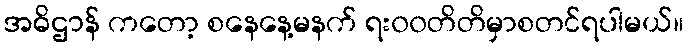
အဓိဌာန် ကတော့ စနေနေ့မနက် ရး၀၀တိတိမှာစတင်ရပါမယ်။